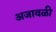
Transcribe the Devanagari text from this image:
अजावळी